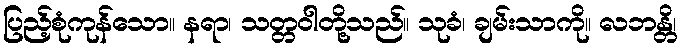
ပြည့်စုံကုန်သော။ နရာ၊ သတ္တဝါတို့သည်။ သုခံ၊ ချမ်းသာကို။ လဘန္တိ၊